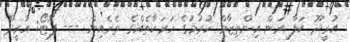
އުރީދޫ ކަލާ ރަން އިންތިޒާމް ކުރުމުގެ ހަރަކާތެއްގެ ތެރެއިން --- ފޮޓޯ: އުރީދޫ